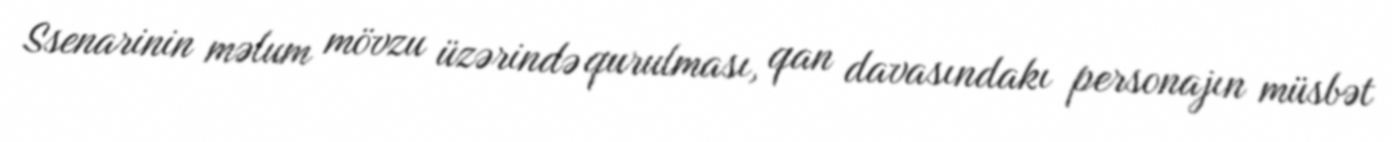
Ssenarinin məlum mövzu üzərində qurulması, qan davasındakı personajın müsbət